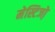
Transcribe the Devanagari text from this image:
मेस्टिजो़